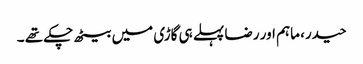
حیدر، ماہم اور رضا پہلے ہی گاڑی میں بیٹھ چکے تھے ۔